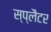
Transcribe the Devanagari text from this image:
स्प्लैटर